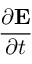
\frac { \partial \mathbf { E } } { \partial t }